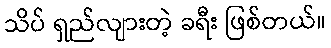
သိပ် ရှည်လျားတဲ့ ခရီး ဖြစ်တယ်။